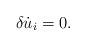
LaTeX: \begin{align*} \delta\dot{u}_i=0.\end{align*}